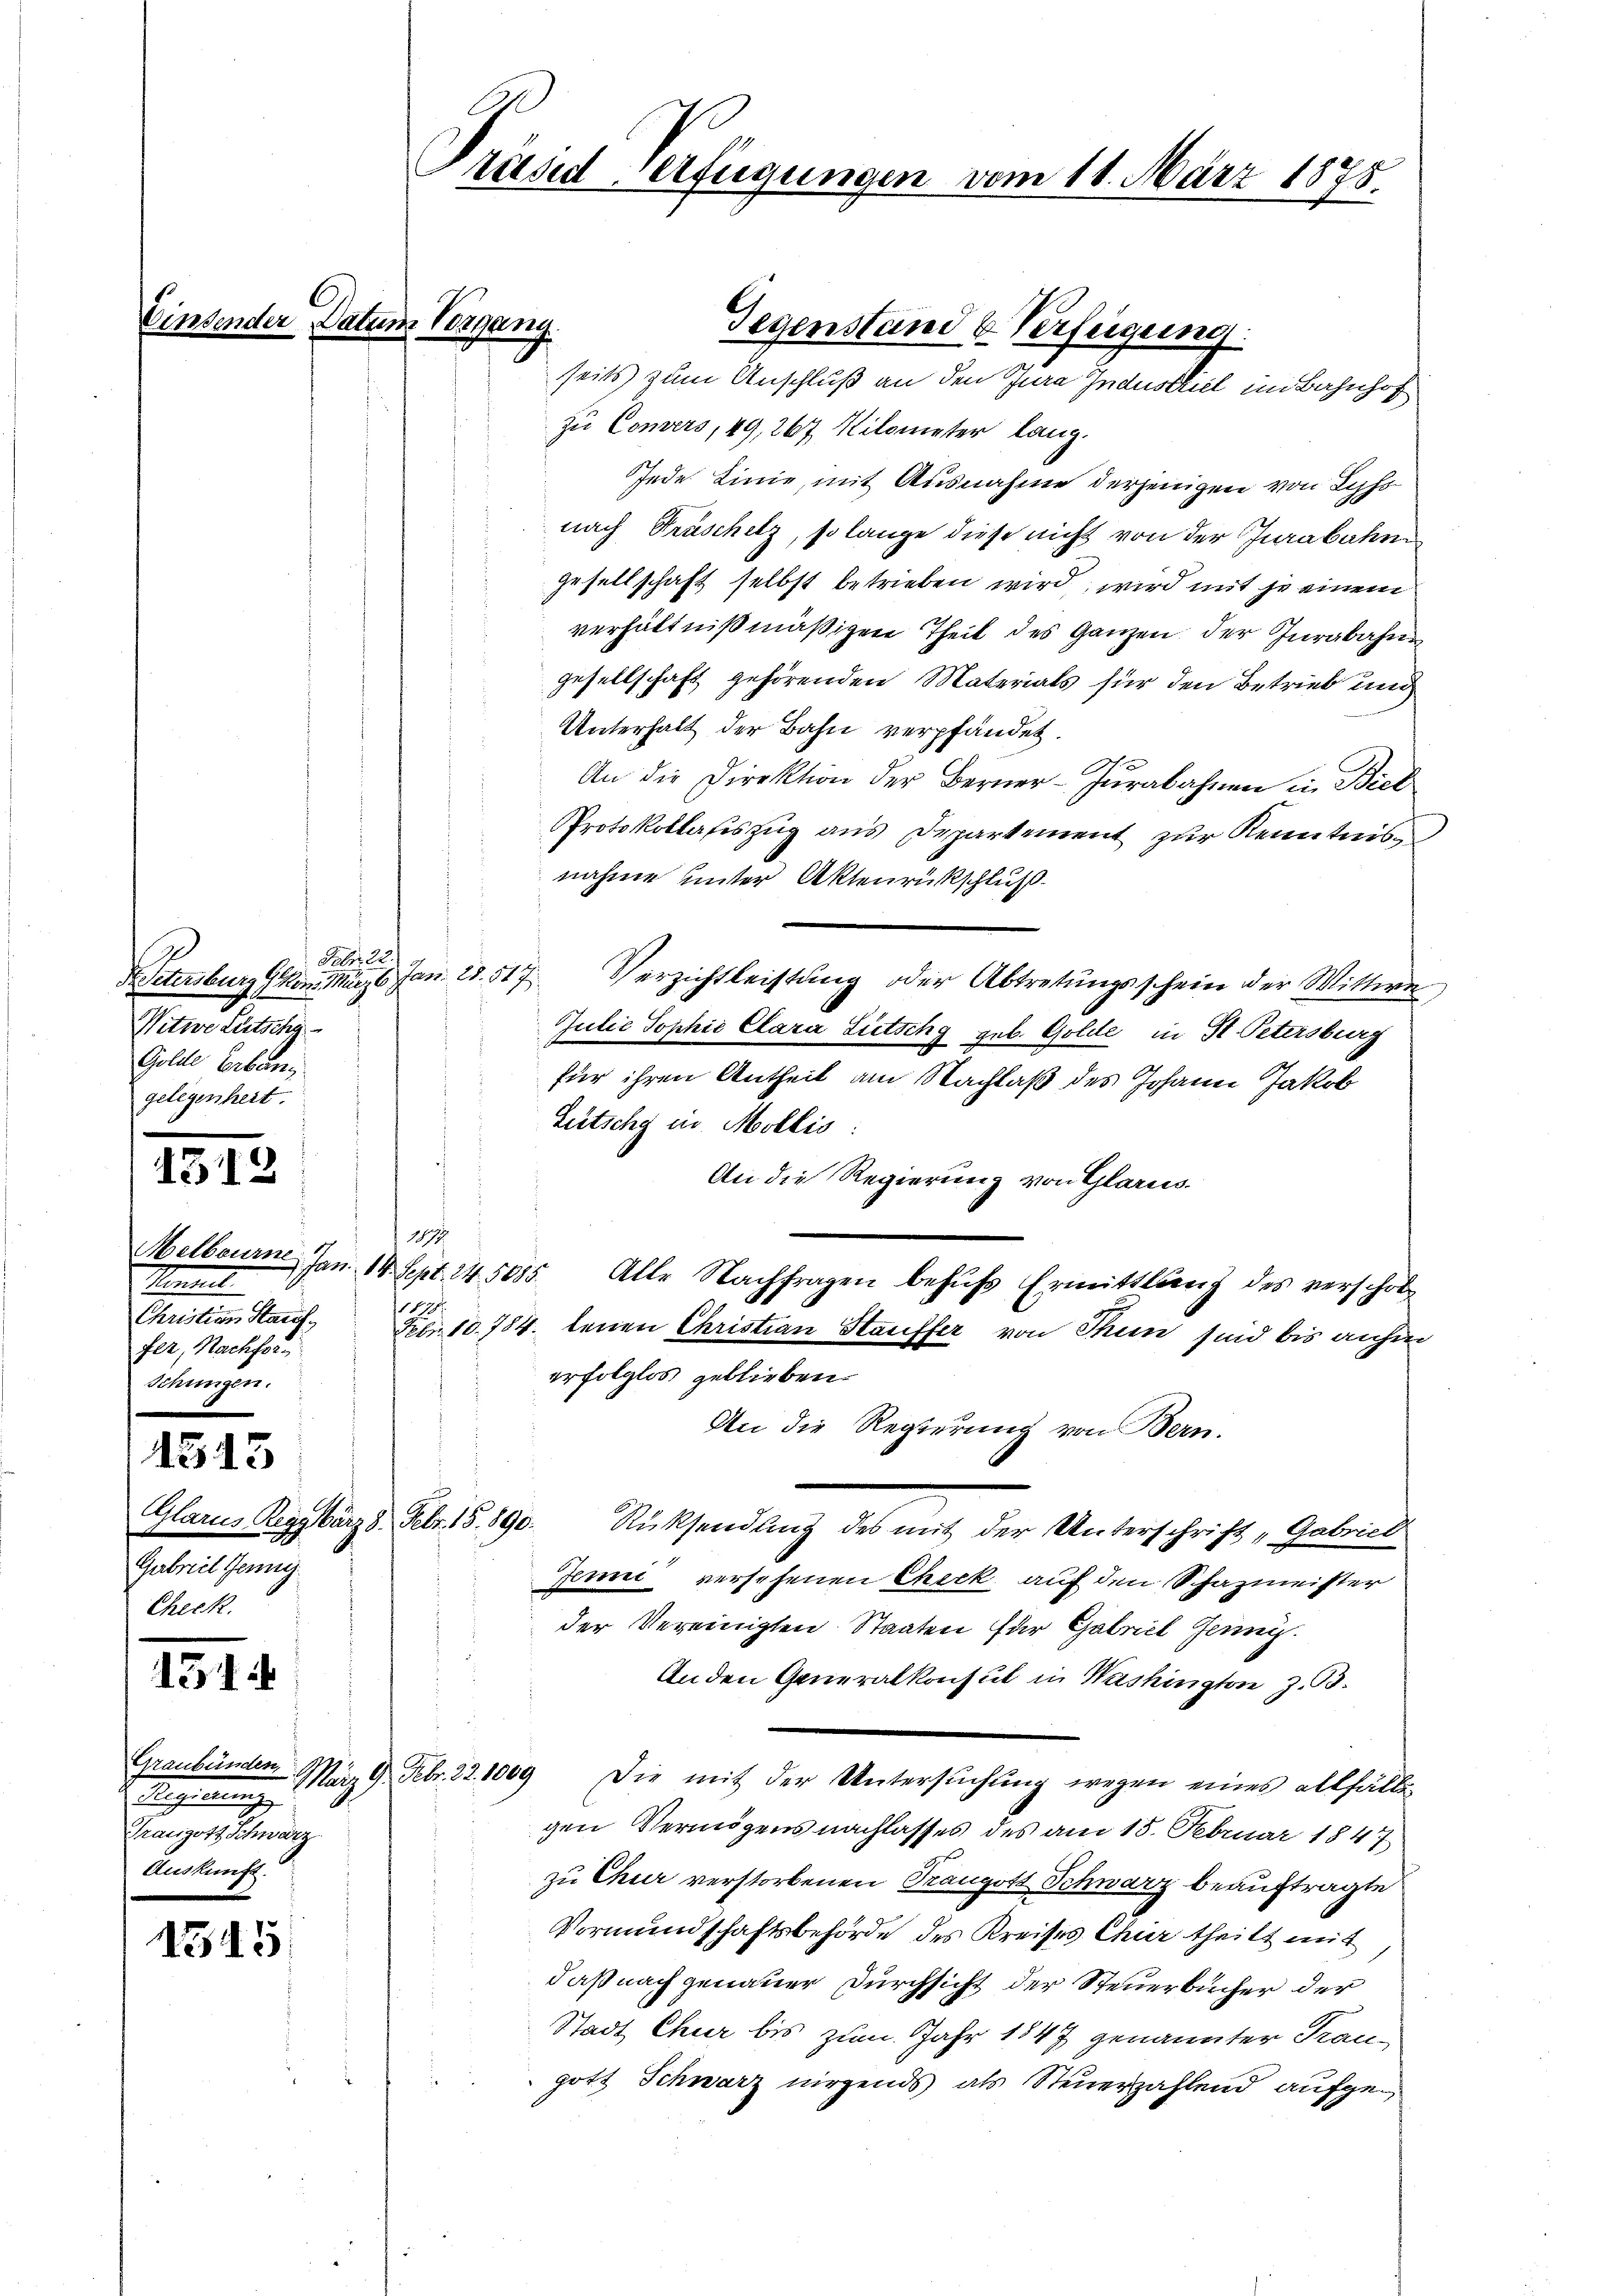
Febr. 22.
Transtaltig.
Golde Erbang
gelegenheit.

G.12

Melbourne
Kommt
Christian Stauf
fer, Nachfor¬
Schungen.

15.

15

Glarus, Regg März 8. Febr. 15. 890.
Gabricl Jenny
Check.

54

1545.

Datum Vorgang.

d. Regierunge
Trangott Schwarz
Auskunft.

Präsid Verfügungen vom 11. März 1875.

zu Convers, 49, 267 Kilometer lang.
Jede Linie, mit Ausnahme derjenigen von Lyss
nach Truschitz, so lange diese nicht von der Jurabahn
gesellschaft selbst betrieben wird, wird mit je einem
verhältnißmäßigen Theil des Ganzen der Iurabahne
gesellschaft gehörenden Materials für den Betrieb und
Unterhalt der Bahn verpfändet.
f
An die Direktion der Berner-Jurabahnen in Biel
Protokollasiszug aus Departement zur Kenntnisnahme unter Aktenrückschluß.
B. Petersburg Ger. Mn, 16. Jan. 18. 517 Verzichtleistung oder Abtretungsschein der Mittwe
Julie Sophie Clara Lütschy geb. Golde in St. Petersburg
für ihren Antheil am Nachlaß des Johann Jakob
Lütschy in Mollis
An die Regierung von Glarus
174
3 Jan. 14. Sept. 14. 5685.
Alle Nachfragen behufs Ermittlang des verschob
110.
Febr. 10. 784. tenen Christian Stauffer von Thun sind bis anhin
erfolglos geblieben.
An die Regierung von Bern.
Rücksendung des mit der Unterschrift „Gabrich
Jenni versehenen Check auf den Schazmeister
der Vereinigten Staaten für Gabrich Jenny.
An den Generalkonsul in Washington z. B.
Graubünden März 9. Febr. 22. 1009 Die mit der Untersuchung wegen eines allfälle
gen Vermögens nachlasses des am 15. Februar 1847
zu Chur verstorbenen Trangott Schwarz beauftragte
Vormundschaftsbehörde des Kreises Chier theilt mit
daß nach genauer Durchsicht der Steuerbücher der
Stadt Chur bis zum Jahr 1847 genannter Traugott Schwarz nirgends als Steuerzahlend aufge¬

Gegenstand & Verfeigung.
seits zum Anschluß an den Jura Industriel im Bahnhof